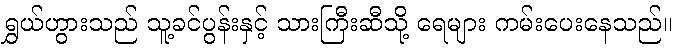
ရွှယ်ဟွားသည် သူ့ခင်ပွန်းနှင့် သားကြီးဆီသို့ ရေများ ကမ်းပေးနေသည်။